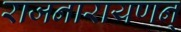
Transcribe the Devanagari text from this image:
राजनारायणन्